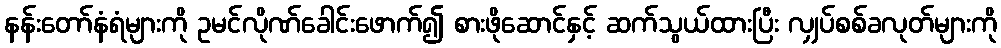
နန်းတော်နံရံများကို ဥမင်လိုဏ်ခေါင်းဖောက်၍ စားဖိုဆောင်နှင့် ဆက်သွယ်ထားပြီး လျှပ်စစ်ခလုတ်များကို